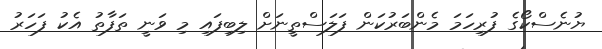
ޔުނެސްކޯގެ ފުރިހަމަ މެންބަރުކަން ފަލަސްތީނަށް ލިބިފައި މި ވަނީ ތަފާތު އެކު ފަހަރު